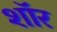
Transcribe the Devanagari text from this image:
शाॅर